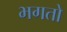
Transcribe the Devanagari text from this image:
भगतो